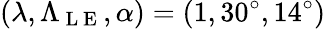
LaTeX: (\lambda,\Lambda_{\mathrm{~L~E~}},\alpha)=(1,30^{\circ},14^{\circ})